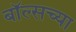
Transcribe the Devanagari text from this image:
बॉल्सच्या